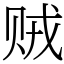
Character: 贼